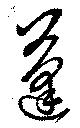
蓬